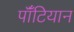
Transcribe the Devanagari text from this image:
पॉँटियान